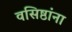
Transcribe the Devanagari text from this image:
वसिष्ठांना